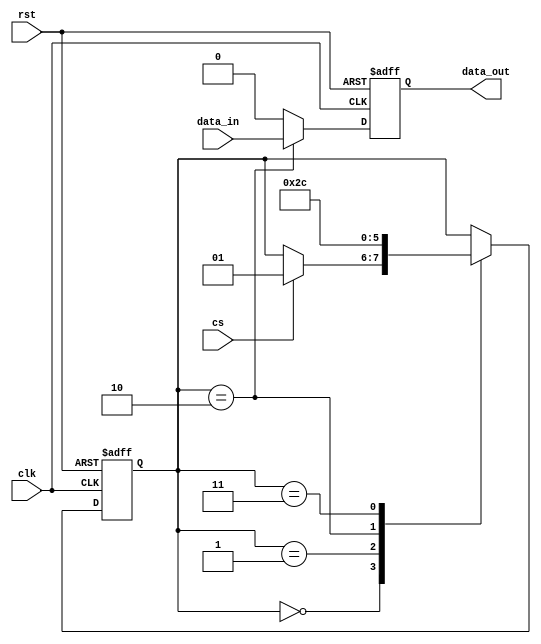
module spi_master (
    input wire clk,
    input wire rst,
    input wire cs,
    input wire data_in,
    output reg data_out
);

// SPI communication parameters
parameter CPOL = 0;  // Clock polarity
parameter CPHA = 0;  // Clock phase
parameter DATA_RATE = 1000000;  // Data transfer rate

// State machine states
parameter IDLE = 0;
parameter SELECT_SLAVE = 1;
parameter SEND_DATA = 2;
parameter RECEIVE_DATA = 3;

// State register
reg [1:0] state;

always @(posedge clk or posedge rst) begin
    if (rst) begin
        state <= IDLE;
    end else begin
        case (state)
            IDLE: begin
                if (cs) begin
                    state <= SELECT_SLAVE;
                end
            end
            SELECT_SLAVE: begin
                state <= SEND_DATA;
            end
            SEND_DATA: begin
                state <= RECEIVE_DATA;
            end
            RECEIVE_DATA: begin
                state <= IDLE;
            end
        endcase
    end
end

always @(posedge clk or posedge rst) begin
    if (rst) begin
        data_out <= 0;
    end else begin
        case (state)
            SEND_DATA: begin
                data_out <= data_in;
            end
            default: begin
                data_out <= 0;
            end
        endcase
    end
end

endmodule